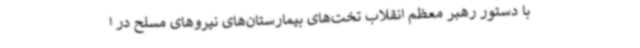
با دستور رهبر معظم انقلاب تخت‌های بیمارستان‌های نیروهای مسلح در ا